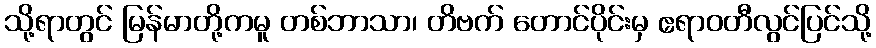
သို့ရာတွင် မြန်မာတို့ကမူ တစ်ဘာသာ၊ တိဗက် တောင်ပိုင်းမှ ဧရာဝတီလွင်ပြင်သို့